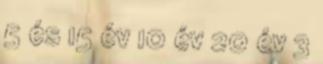
5 és 15 év 10 év 20 év 3